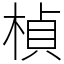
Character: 楨